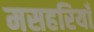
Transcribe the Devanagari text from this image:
मसहरियाँ